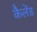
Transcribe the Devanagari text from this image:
कैलेंड